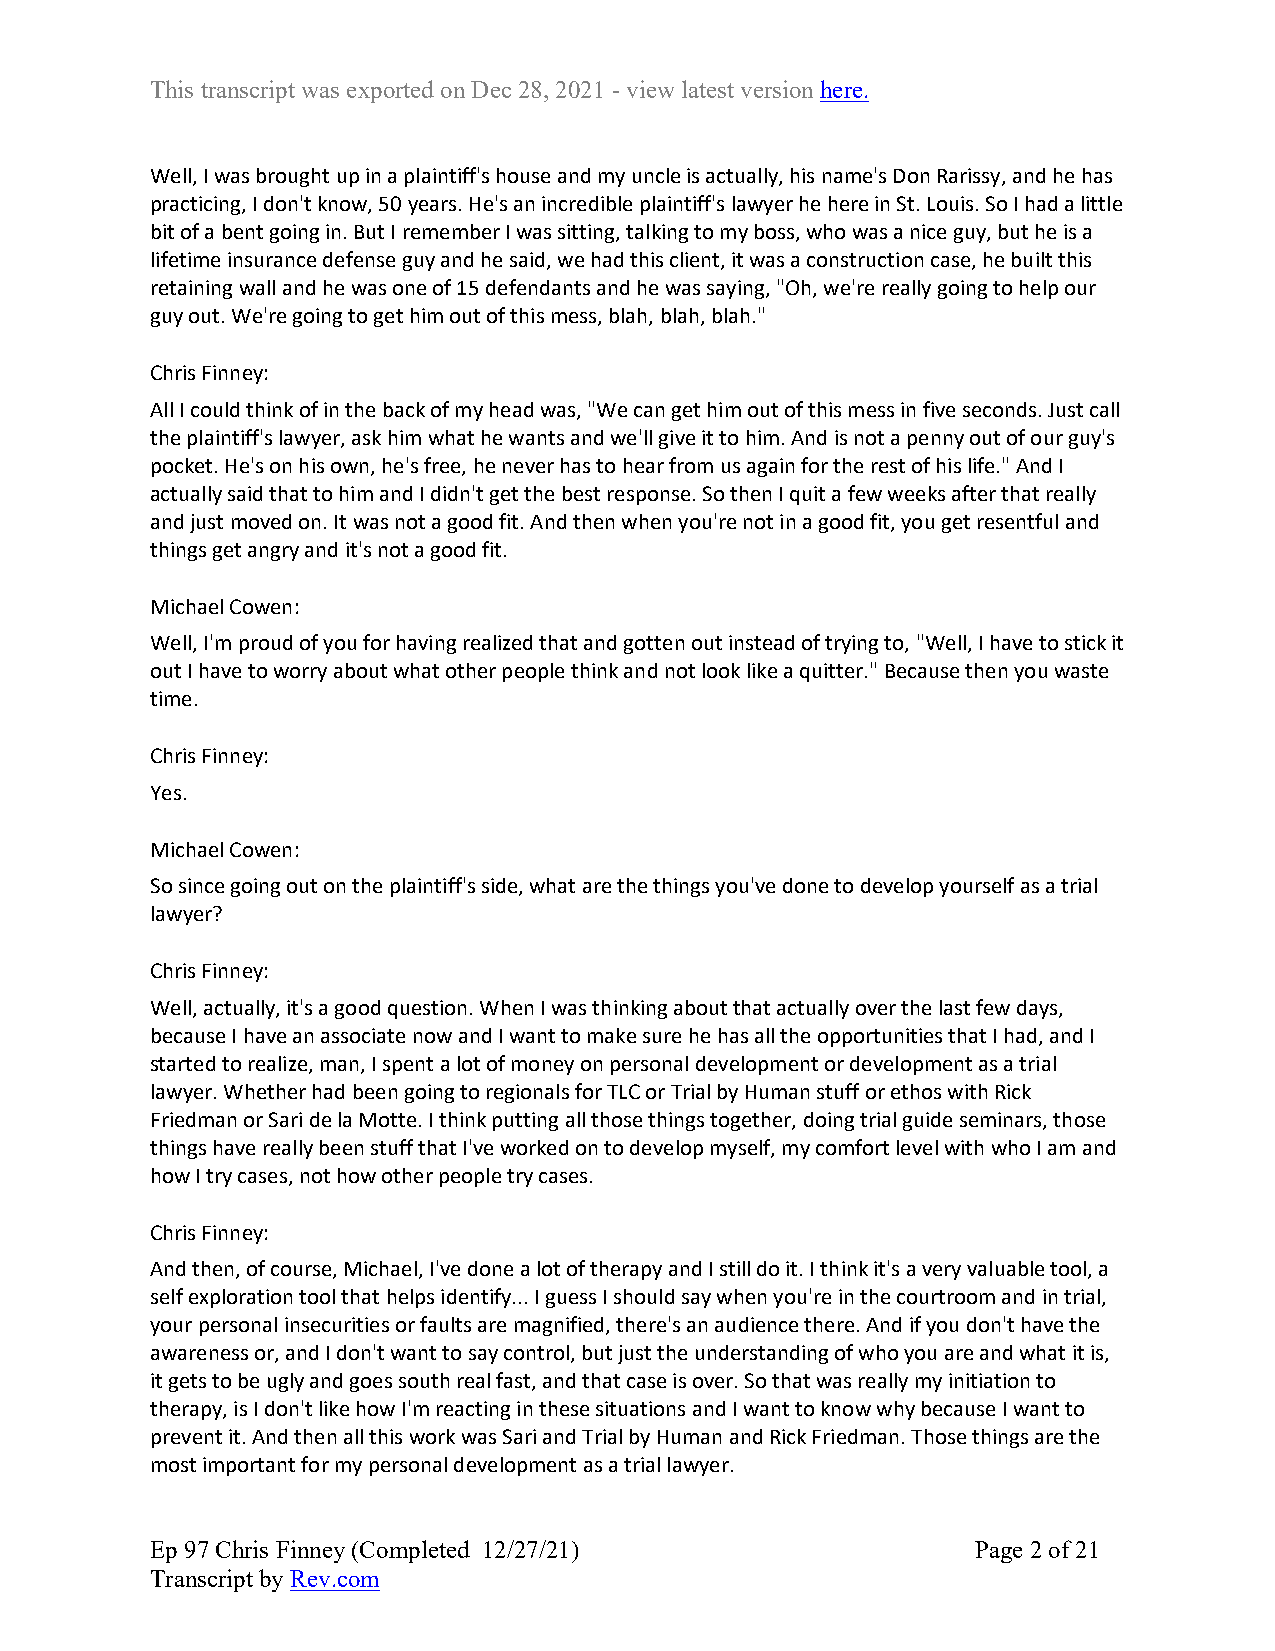
This transcript was exported on Dec 28, 2021 - view latest version here.
 Well, I was brought up in a plaintiff's house and my uncle is actually, his name's Don Rarissy, and he has
 practicing, I don't know, 50 years. He's an incredible plaintiff's lawyer he here in St. Louis. So I had a little
 bit of a bent going in. But I remember I was sitting, talking to my boss, who was a nice guy, but he is a
 lifetime insurance defense guy and he said, we had this client, it was a construction case, he built this
 retaining wall and he was one of 15 defendants and he was saying, "Oh, we're really going to help our
 guy out. We're going to get him out of this mess, blah, blah, blah."
 Chris Finney:
 All I could think of in the back of my head was, "We can get him out of this mess in five seconds. Just call
 the plaintiff's lawyer, ask him what he wants and we'll give it to him. And is not a penny out of our guy's
 pocket. He's on his own, he's free, he never has to hear from us again for the rest of his life." And I
 actually said that to him and I didn't get the best response. So then I quit a few weeks after that really
 and just moved on. It was not a good fit. And then when you're not in a good fit, you get resentful and
 things get angry and it's not a good fit.
 Michael Cowen:
 Well, I'm proud of you for having realized that and gotten out instead of trying to, "Well, I have to stick it
 out I have to worry about what other people think and not look like a quitter." Because then you waste
 time.
 Chris Finney:
 Yes.
 Michael Cowen:
 So since going out on the plaintiff's side, what are the things you've done to develop yourself as a trial
 lawyer?
 Chris Finney:
 Well, actually, it's a good question. When I was thinking about that actually over the last few days,
 because I have an associate now and I want to make sure he has all the opportunities that I had, and I
 started to realize, man, I spent a lot of money on personal development or development as a trial
 lawyer. Whether had been going to regionals for TLC or Trial by Human stuff or ethos with Rick
 Friedman or Sari de la Motte. I think putting all those things together, doing trial guide seminars, those
 things have really been stuff that I've worked on to develop myself, my comfort level with who I am and
 how I try cases, not how other people try cases.
 Chris Finney:
 And then, of course, Michael, I've done a lot of therapy and I still do it. I think it's a very valuable tool, a
 self exploration tool that helps identify... I guess I should say when you're in the courtroom and in trial,
 your personal insecurities or faults are magnified, there's an audience there. And if you don't have the
 awareness or, and I don't want to say control, but just the understanding of who you are and what it is,
 it gets to be ugly and goes south real fast, and that case is over. So that was really my initiation to
 therapy, is I don't like how I'm reacting in these situations and I want to know why because I want to
 prevent it. And then all this work was Sari and Trial by Human and Rick Friedman. Those things are the
 most important for my personal development as a trial lawyer.
 Ep 97 Chris Finney (Completed 12/27/21)                Page 2 of 21
 Transcript by Rev.com